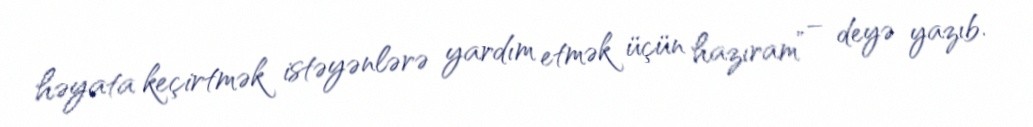
həyata keçirtmək istəyənlərə yardım etmək üçün hazıram” – deyə yazıb.